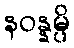
နဝန္နမ္ပိ